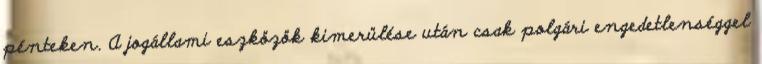
pénteken. A jogállami eszközök kimerülése után csak polgári engedetlenséggel